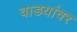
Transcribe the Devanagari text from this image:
वाडयांवर